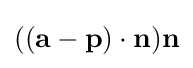
((\mathbf {a} -\mathbf {p} )\cdot \mathbf {n} )\mathbf {n}